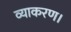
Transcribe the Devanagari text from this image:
व्याकरण।